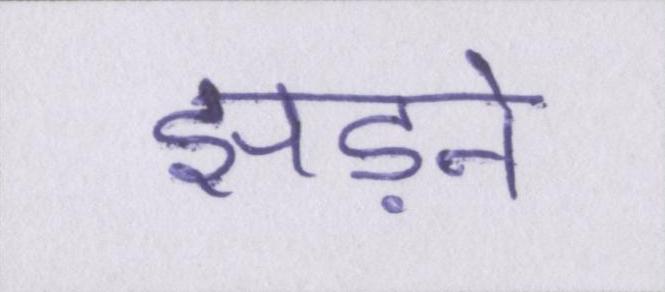
झड़ने